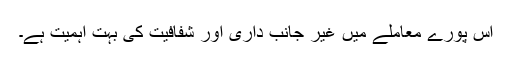
اِس پورے معاملے میں غیر جانب داری اور شفافیت کی بہت اہمیت ہے۔